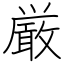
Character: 厳